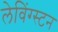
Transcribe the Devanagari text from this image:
लेविंग्स्टन